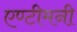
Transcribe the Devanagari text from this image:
एण्टीमनी